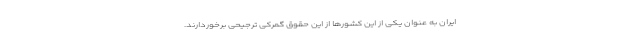
ایران به عنوان یکی از این کشورها از این حقوق گمرکی ترجیحی برخوردارند.